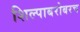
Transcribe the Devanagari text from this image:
शिल्पाबरोबरच